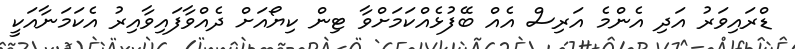
ޑްރައިވަރު އަދި އެންމެ އަރިސް އެއް ބޭފުޅެއްކަމަށްވާ ޓިން ކިޔޯއަށް ދެއްވާފައިވާއިރު އެކަމަނާއަކީ